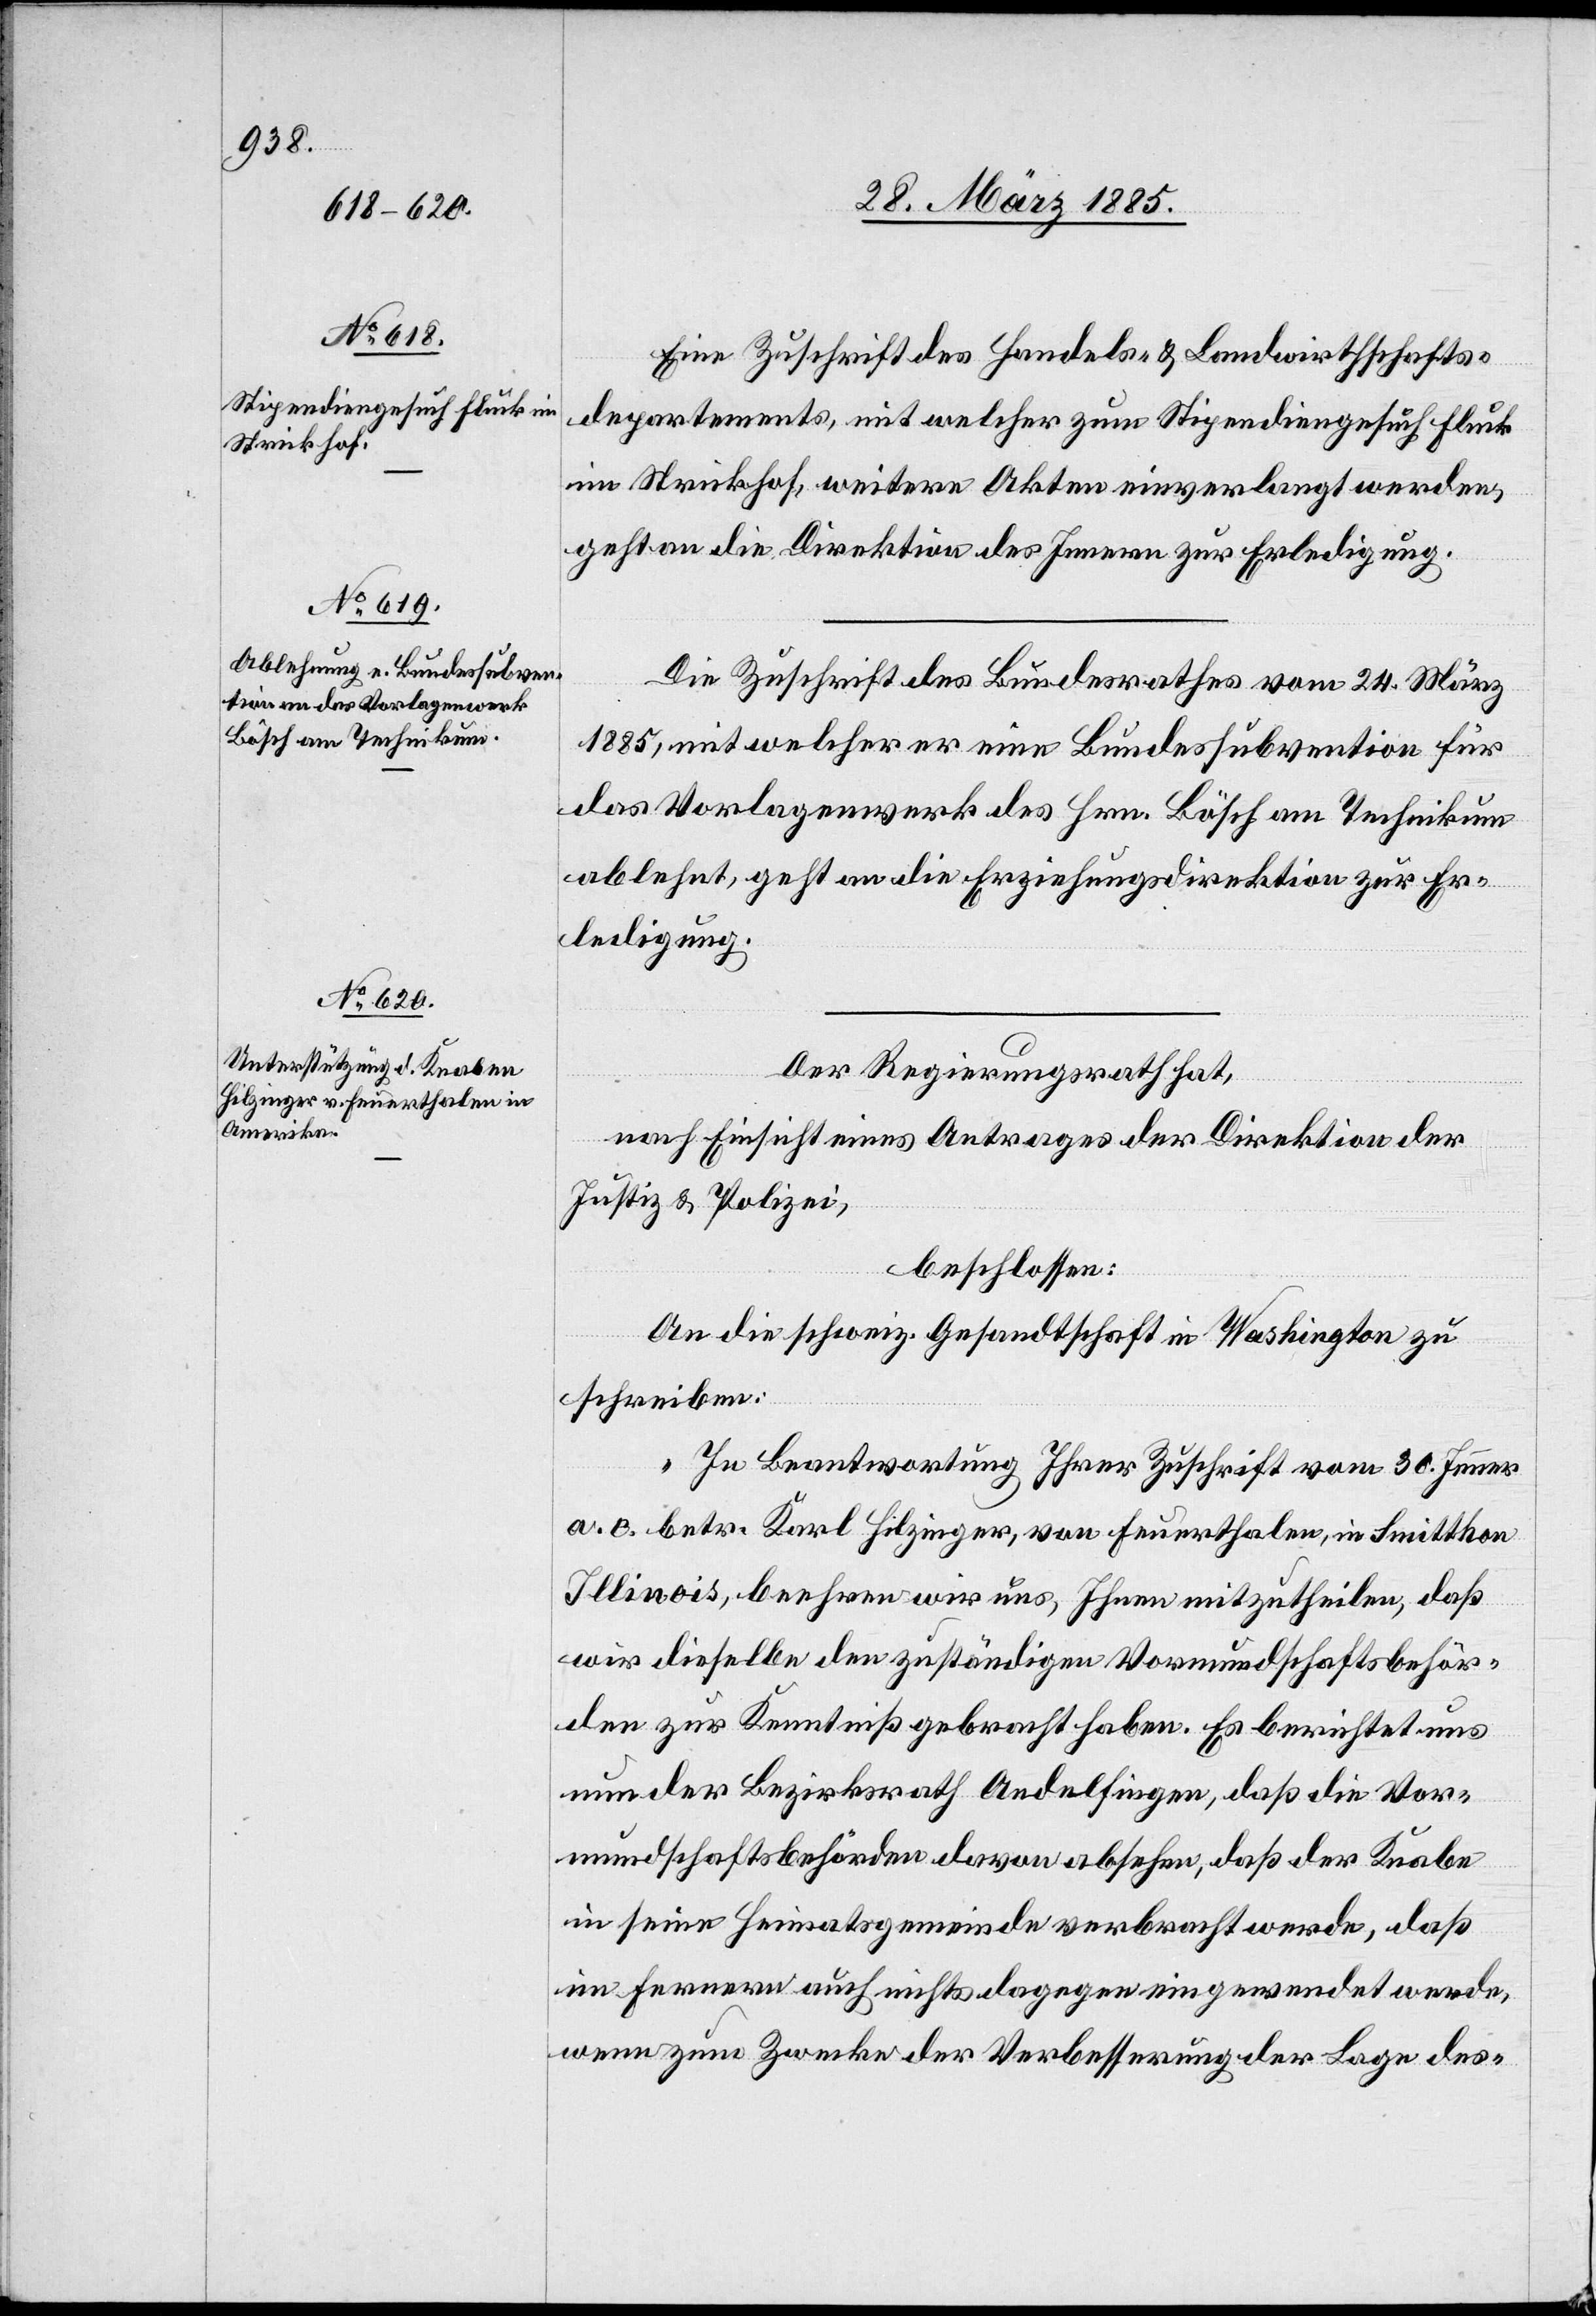
28. März 1885.]
Eine Zuschrift des Handels- & Landwirthschafts¬
departements, mit welcher zum Stipendiengesuch Fluck
im Strickhof, weitere Akten einverlangt werden,
geht an die Direktion des Innern zur Erledigung.
Die Zuschrift des Bundesrathes vom 24. März
1885, mit welcher er eine Bundessubvention für
das Vorlagenwerk des Hrn. Bösch am Technikum
ablehnt, geht an die Erziehungsdirektion zur Er¬
ledigung.
Der Regierungsrath hat,
nach Einsicht eines Antrages der Direktion der
Justiz & Polizei,
beschlossen:
An die schweiz. Gesandtschaft in Washington zu
schreiben:
„In Beantwortung Ihrer Zuschrift vom 30. Jenner
a. c. betr. Karl Hilzinger, von Feuerthalen, in Smittkon
Illinois, beehren wir uns, Ihnen mitzutheilen, daß
wir dieselbe den zuständigen Vormundschaftsbehör¬
den zur Kenntniß gebracht haben. Es berichtet uns
nun der Bezirksrath Andelfingen, daß die Vor¬
mundschaftsbehörden davon absehen, daß der Knabe
in seine Heimatsgemeinde verbracht werde, daß
im Fernern auch nichts dagegen eingewendet werde,
wenn zum Zwecke der Verbesserung der Lage des-